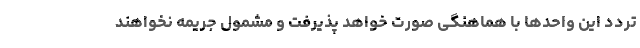
تردد این واحدها با هماهنگی صورت خواهد پذیرفت و ‌‌مشمول جریمه نخواهند